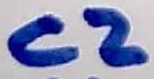
Text: C2